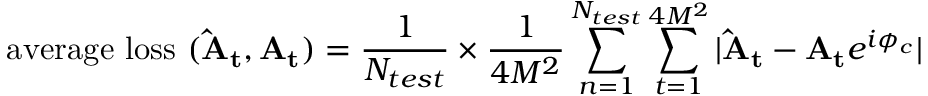
\mathrm { a v e r a g e \ l o s s \ ( \mathbf { \hat { A } _ { t } } , \mathbf { A _ { t } } ) } = \frac { 1 } { N _ { t e s t } } \times \frac { 1 } { 4 M ^ { 2 } } \sum _ { n = 1 } ^ { N _ { t e s t } } \sum _ { t = 1 } ^ { 4 M ^ { 2 } } | \mathbf { \hat { A } _ { t } } - \mathbf { A _ { t } } e ^ { i \phi _ { c } } |